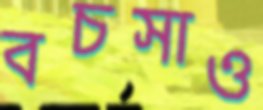
বচসাও